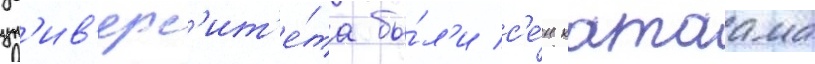
ун'ив'ерс'ит'е́та бы́л'и с'е́н катаама